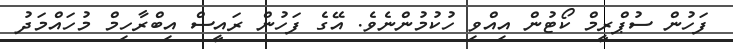
ފަހުން ސުޕްރީމް ކޯޓުން އިއްވި ހުކުމުންނެވެ. އޭގެ ފަހުން ރައީސް އިބްރާހިމް މުހައްމަދު